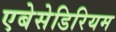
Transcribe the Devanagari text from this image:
एबेसेडिरियम